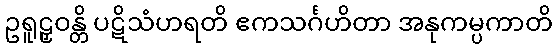
ဥရူဠှဝန္တိ ပဋိသံဟရတိ ဧကသင်္ဂဟိတာ အနုကမ္ပကာတိ